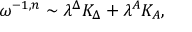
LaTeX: \omega ^ { - 1 , n } \sim \lambda ^ { \Delta } K _ { \Delta } + \lambda ^ { A } K _ { A } ,